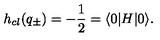
h _ { c l } ( q _ { \pm } ) = - \frac { 1 } { 2 } = \langle 0 | H | 0 \rangle .